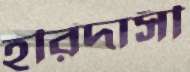
হরিদাসী